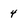
Character: 4